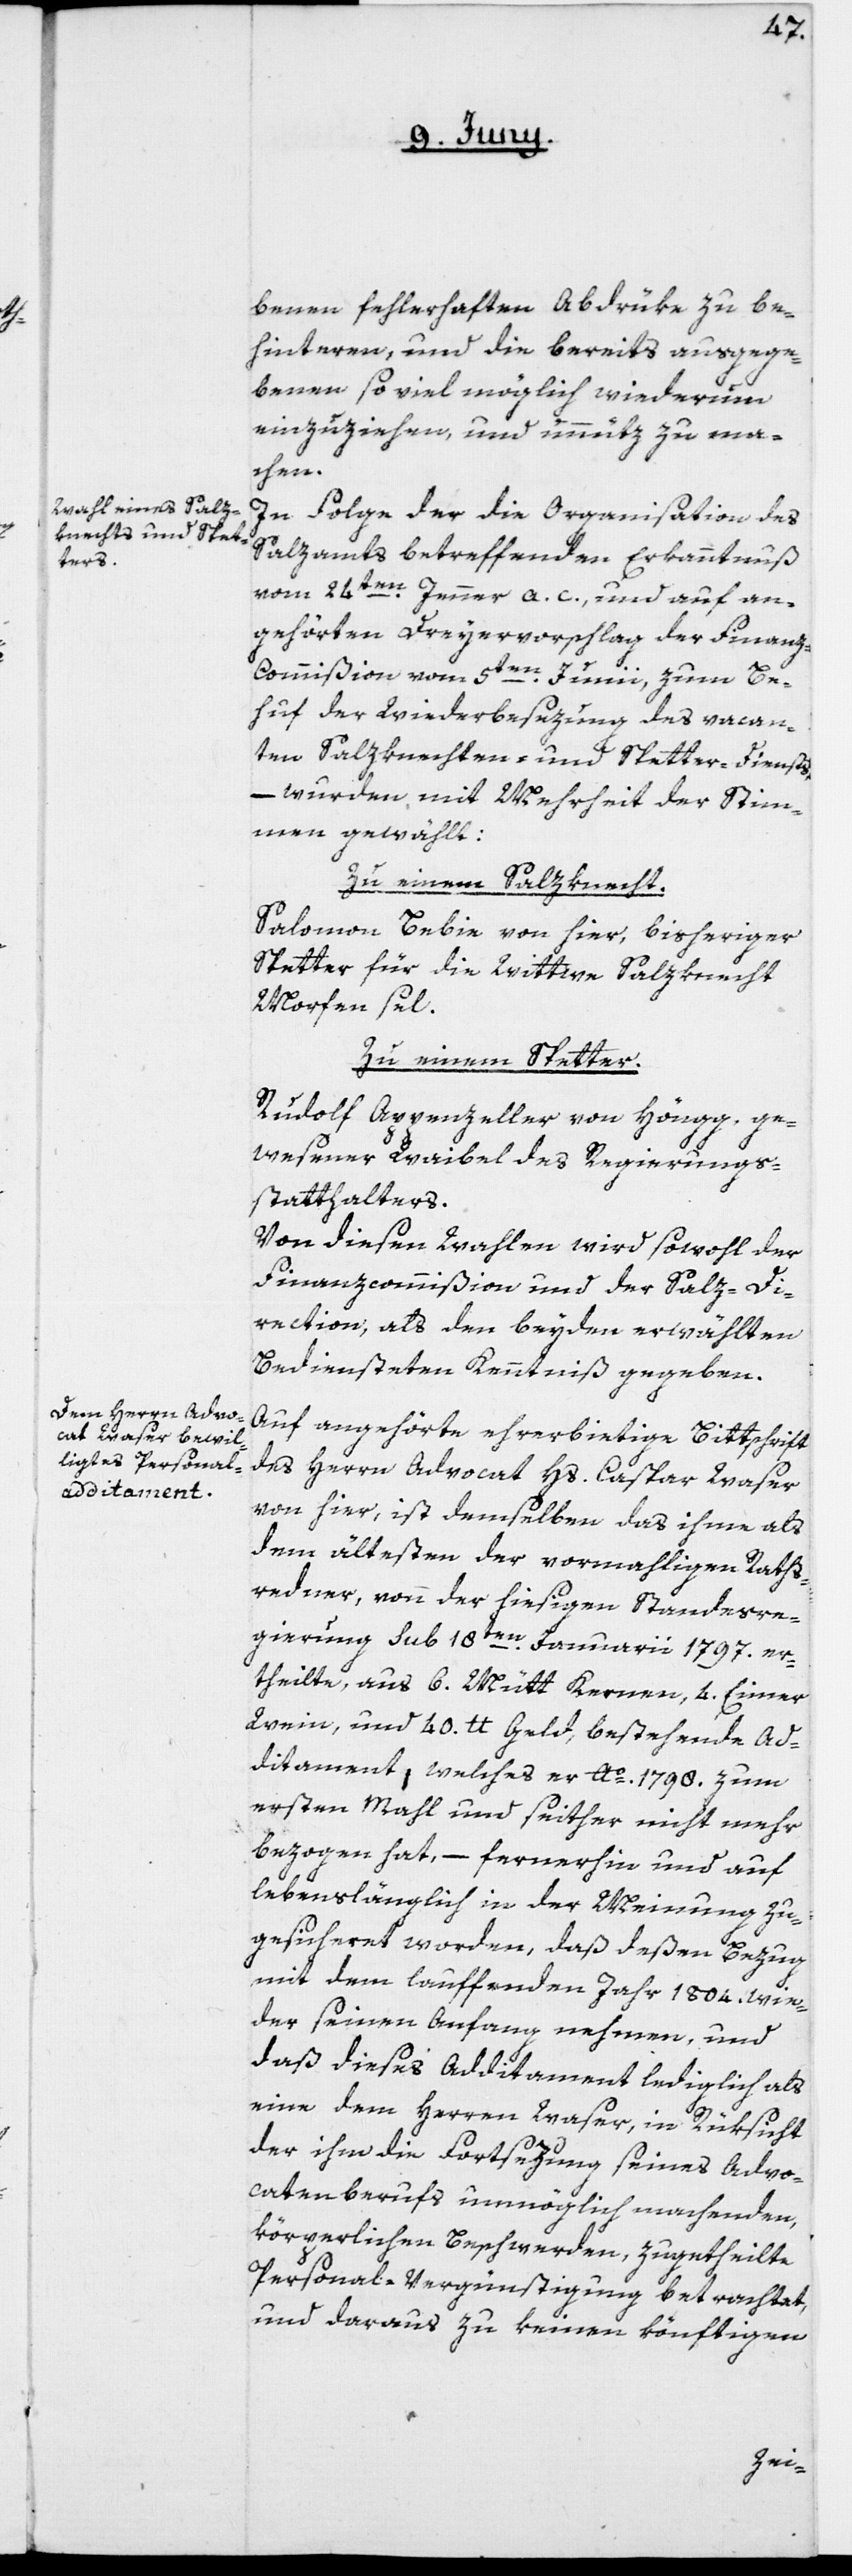
benen fehlerhaften Abdrüke zu be¬
hinteren, und die bereits ausgege¬
benen so viel möglich wiederum
einzuziehen und unnüz zu ma¬
chen.
In Folge der die Organisation des
Salzamts betreffenden Erkanntnuß
vom 24ten Jenner a. c. und auf an¬
gehörten Dreyervorschlag der Finanz-C¬
ommißion vom 5ten Junii, zum Be¬
huf der Wiederbesezung des vacan¬
ten Salzknechten und Spetter-Diensts,
– wurden mit Mehrheit der Stim¬
men gewählt:
Zu einem Salzknecht.
Salomon Bebie von hier, bisheriger
Spetter für die Wittwe Salzknecht
Morfen sel.
Zu einem Spetter.
Rudolf Appenzeller von Höngg, ge¬
wesener Weibel des Regierungs¬
statthalters.
Von diesen Wahlen wird sowohl der
Finanzcommißion und der Salz-Di¬
rektion, als den beyden erwählten
Bediensteten Kenntniß gegeben.
Auf angehörte ehrerbietige Bittschrift
des Herrn Advocat Hs. Caspar Waser
von hier, ist demselben das ihme als
dem ältesten der vormahligen Raths¬
redner, von der hiesigen Standesre¬
gierung sub 18ten Januarii 1797, er¬
theilte, aus 6. Mütt Kernen, 4. Eimer
Wein und 40. lb. Geld bestehende Ad¬
ditament, welches er Ao 1798. zum
ersten Mahl und seither nicht mehr
bezogen hat, – fernerhin und auf
lebenslänglich in der Meinung zu¬
gesicheret worden, daß deßen Bezug
mit dem lauffenden Jahr 1804 wie¬
der seinen Anfang nehmen, und
daß dieses Additament lediglich als
eine dem Herren Waser, in Rüksicht
der ihm die Fortsezung seines Advo¬
catenberufs unmöglich machenden,
körperlichen Beschwerden zugetheilte
Personal-Vergünstigung betrachtet,
und daraus zu keinen könftigen